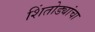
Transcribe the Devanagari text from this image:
शिंतोड्यांचा